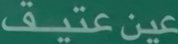
عينعتيق